Scientific memoirs by medical officers of the Army of India - Part XII,
Year: 1901
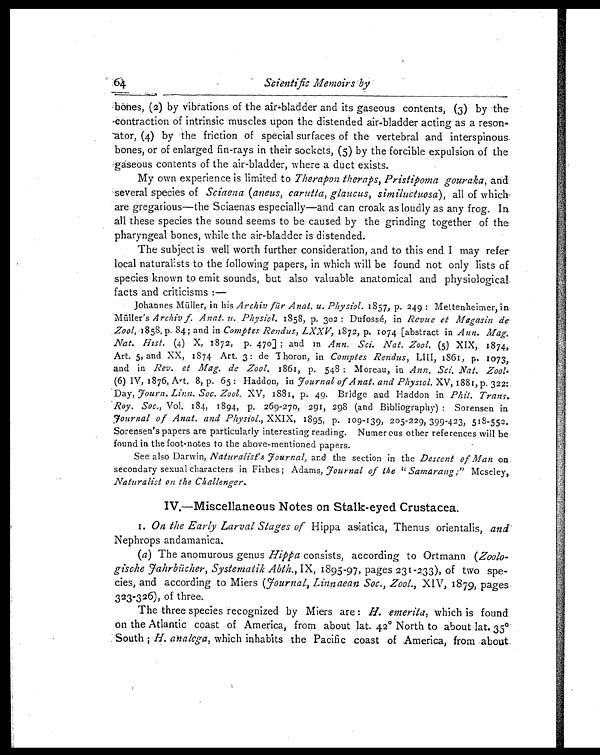
64
Scientific Memoirs by
bones, (2) by vibrations of the air-bladder and its gaseous contents, (3) by the
contraction of intrinsic muscles upon the distended air-bladder acting as a
r e s o n a t o r , ( 4 ) b y t h e f r i c t i o n o f s p e c i a l s u r f a c e s o f t h e v e r t e b r a l a n d i n t e r s p i n o u s
bones, or of enlarged fin-rays in their sockets, (5) by the forcible expulsion of the
-gaseous contents of the air-bladder, where a duct exists.
My own experience is limited to Therapon theraps, Pristipoma gouraka, and
several species of Sciaena (aneus, carutta, glaucus, similuctuosa), all of which
are gregarious—the Sciaenas especially—and can croak as loudly as any frog. In
all these species the sound seems to be caused by the grinding together of the
pharyngeal bones, while the air-bladder is distended.
The subject is well worth further consideration, and to this end I may refer
local naturalists to the following papers, in which will be found not only lists of
species known to emit sounds, but also valuable anatomical and physiological,
facts and criticisms : —
Johannes Müller, in hisA r c h i v f ü r A n a t . u . P h y s i o l .1857, p. 249 : Mettenheimer, in,
Muller's Archiv f. Anat. u. Physiol. 1858, p. 302 : Dufossé, in Revue et Magasin de
Zool, 1858, p. 84; and in Comptes Rendus, LXXV, 1872, p. 1074 [abstract in Ann. Mag.
Nat. Hist. (4) X, 1872, p. 470] ; and in Ann. Sci. Nat. Zool. (5) XIX, 1874,
Art. 5, and XX, 1874. Art, 3: de Thoron, in Comptes Rendus, LIII, 1861,p.1073,
and in Rev. et Mag. de Zool. 1861, p. 548 : Moreau, in Ann. Sci. Nat. Zool.
( 6) I V 1876, Ar t . 8, p. 65 : Haddon, i nJ o u r n a l
o f A n a t . a n d P h y s i o l .
X V , 1 8 8 1 , p . 3 2 2 :
Day, Journ. Linn. Soc. Zool. XV, 1881, p. 49. Bridge and Haddon in Phil. Trans
Roy. Soc., Vol. 184, 1894, p. 269-270, 291, 298 (and Bibliography) :Sorensen in
Journal o f Anat. and Physiol., XXIX, 1895, p. 109-139, 205-229, 399-423, 518-552.
Sorensen ' s papers are particularly interesting reading. Numerous other references will be
found in the foot-notes to the above-mentioned papers.
See also Darwin, Naturalist's Journal, and the section in the Descent of Man on
secondary sexual characters in Fishes; Adams, Journal of the " Samarang ;" Moseley,
Naturalist on the Challenger.
IV,—Miscellaneous Notes on Stalk-eyed Crustacea.
1. On the Early Larval Stages of Hippa asiatica, Thenus orientalis, and
Nephrops andamanica.
(a) The anomurous genus Hippa consists, according to Ortmann (Zoolo-
gische Jahrbücher, Systenzatik Abth., IX, 1895-97, pages 231-233), of two spe-
cies, and according to Miers (Journal, Linnaean Soc., Zeal., XIV, 1879, pages
323.326), of three.
The three species recognized by Miers are : H. emerita, which is found
on the Atlantic coast of America, from about lat. 42° North to about lat. 35°S
outh ; H. analcga, which inhabits the Pacific coast of America, from about.